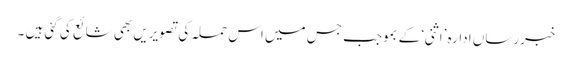
خبررساں ادارہ ’اثنی‘ کے بموجب جس میں اس حملہ کی تصویریں بھی شائع کی گئی ہیں ۔